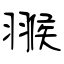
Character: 翭